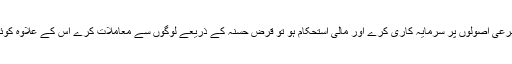
اسلامی بینک کی پہلی خصوصیت بلکہ پہچان اور علامت یہ ہے کہ وہ شرکت و مضاربت کے شرعی اصولوں پر سرمایہ کاری کرے اور مالی استحکام ہو تو قرضِ حسنہ کے ذریعے لوگوں سے معاملات کرے اس کے علاوہ کوئی اور تمویلی طریقہ اسلامی بینک کی مستقل بنیادوں میں شریعت کی رو سے قابل قبول نہیں ہے۔